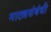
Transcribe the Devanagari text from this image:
नाट्यसंबंधी